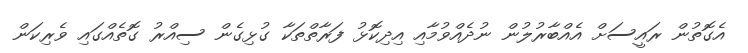
އެގޮތުން ރައީސަށް އެއްބާރުލުން ނުދެއްވުމާއި އިދިކޮޅު ފަރާތްތަކާ ގުޅިގެން ސިއްރު ގޮތެއްގައި ވެރިކަން